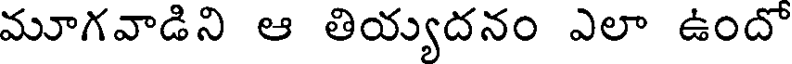
మూగవాడిని ఆ తియ్యదనం ఎలా ఉందో